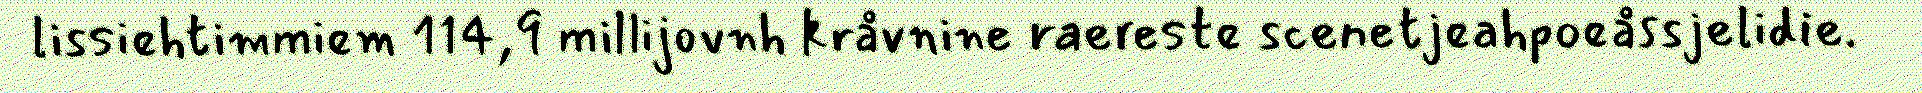
lissiehtimmiem 114,9 millijovnh kråvnine raereste scenetjeahpoeåssjelidie.